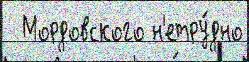
  Мордовского н'етру́дно